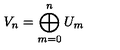
V _ { n } = \bigoplus _ { m = 0 } ^ { n } U _ { m }